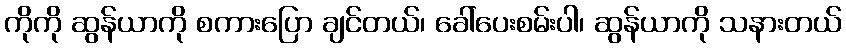
ကိုကို ဆွန်ယာကို စကားပြော ချင်တယ်၊ ခေါ်ပေးစမ်းပါ၊ ဆွန်ယာကို သနားတယ်